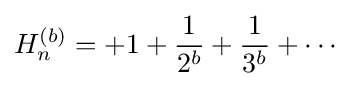
H_{n}^{(b)}=+1+{\frac {1}{2^{b}}}+{\frac {1}{3^{b}}}+\cdots